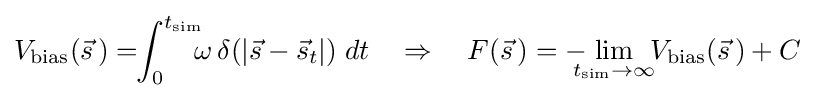
V_{\text{bias}}({\vec {s}}\,)=\!\!\int _{0}^{t_{\text{sim}}}\!\!\!\omega \,\delta (|{\vec {s}}-{\vec {s}}_{t}|)\;dt\quad \Rightarrow \quad F({\vec {s}}\,)=-\!\!\!\!\lim _{t_{\text{sim}}\to \infty }\!\!V_{\text{bias}}({\vec {s}}\,)+C